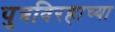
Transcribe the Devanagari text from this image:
पुत्रविरहाच्या